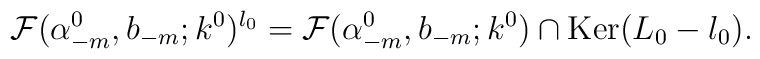
{\cal F}(\alpha^{0}_{-m}, b_{-m};k^0)^{l_0} = {\cal F}(\alpha^{0}_{-m}, b_{-m};k^0)             \cap\mbox{Ker}(L_0-l_0).